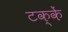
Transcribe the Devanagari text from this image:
टक्कें